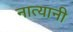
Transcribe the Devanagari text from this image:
नात्यानी